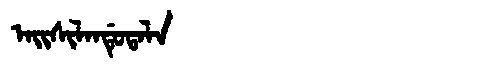
Manchu: ᠠᡳᠰᡳᠯᠠᠨᡩᡠᡨᠠᠯᠠ
Romanization: AISILANDUTALA